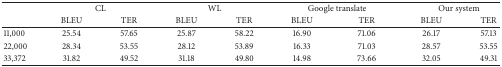
<table><thead><tr><td><b> </b></td><td colspan="2"><b>CL</b></td><td colspan="2"><b>WL</b></td><td colspan="2"><b>Google translate</b></td><td colspan="2"><b>Our system</b></td></tr><tr><td><b> </b></td><td><b>BLEU</b></td><td><b>TER</b></td><td><b>BLEU</b></td><td><b>TER</b></td><td><b>BLEU</b></td><td><b>TER</b></td><td><b>BLEU</b></td><td><b>TER</b></td></tr></thead><tbody><tr><td>11,000</td><td>25.54</td><td>57.65</td><td>25.87</td><td>58.22</td><td>16.90</td><td>71.06</td><td>26.17</td><td>57.13</td></tr><tr><td>22,000</td><td>28.34</td><td>53.55</td><td>28.12</td><td>53.89</td><td>16.33</td><td>71.03</td><td>28.57</td><td>53.55</td></tr><tr><td>33,372</td><td>31.82</td><td>49.52</td><td>31.18</td><td>49.80</td><td>14.98</td><td>73.66</td><td>32.05</td><td>49.31</td></tr></tbody></table>